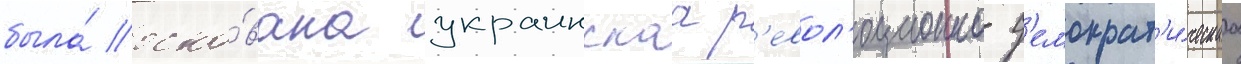
была́ осно́вана украинскаа р'евол'юционно-д'емократ'и́ческаа